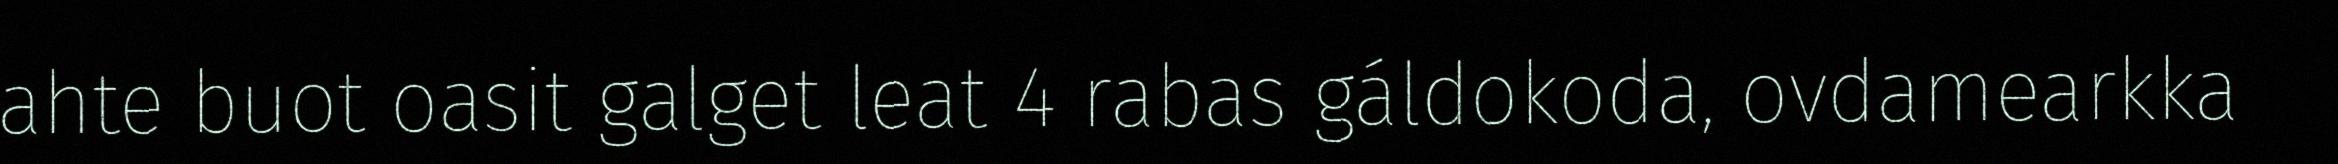
ahte buot oasit galget leat 4 rabas gáldokoda, ovdamearkka